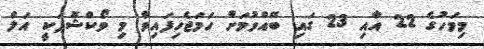
މިމަހުގެ 22 އާއި 23 ގައި ބޭއްވުމަށް ހަމަޖެހިފައިވާ މި ވޯކްޝޮޕަކީ އަލް